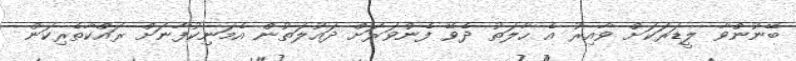
ބޭނުންވާ ލީޑަރަކަށް ވާއިރު އެ ހާލަތު ދެވޭ ފެންވަރަށް ދައުލަތުން އެމަނިކުފާނަށް ރައްކާތެރިކަން